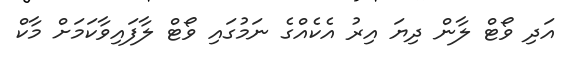
އަދި ވޯޓް ލާން ދިޔަ އިރު އެކެއްގެ ނަމުގައި ވޯޓް ލާފައިވާކަމަށް މާކް